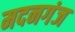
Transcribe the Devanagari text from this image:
मदनगंज